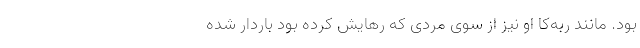
بود. مانند ربه‌کا او نیز از سوی مردی که رهایش کرده بود باردار شده